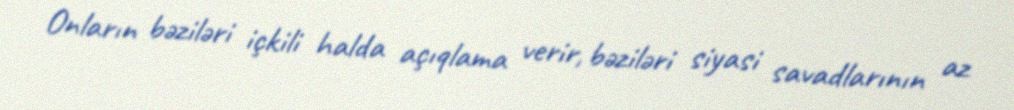
Onların bəziləri içkili halda açıqlama verir, bəziləri siyasi savadlarının az